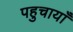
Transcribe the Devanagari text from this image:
पहुचायाँ